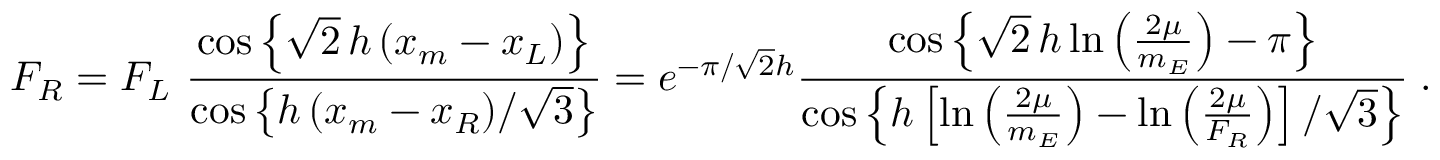
F _ { R } = F _ { L } \, \, \frac { \cos \left\{ \sqrt { 2 } \, h \, ( x _ { m } - x _ { L } ) \right\} } { \cos \left\{ h \, ( x _ { m } - x _ { R } ) / \sqrt { 3 } \right\} } = e ^ { - \pi / \sqrt { 2 } h } \frac { \cos \left\{ \sqrt { 2 } \, h \ln \left( \frac { 2 \mu } { m _ { E } } \right) - \pi \right\} } { \cos \left\{ h \left[ \ln \left( \frac { 2 \mu } { m _ { E } } \right) - \ln \left( \frac { 2 \mu } { F _ { R } } \right) \right] / \sqrt { 3 } \right\} } \; .